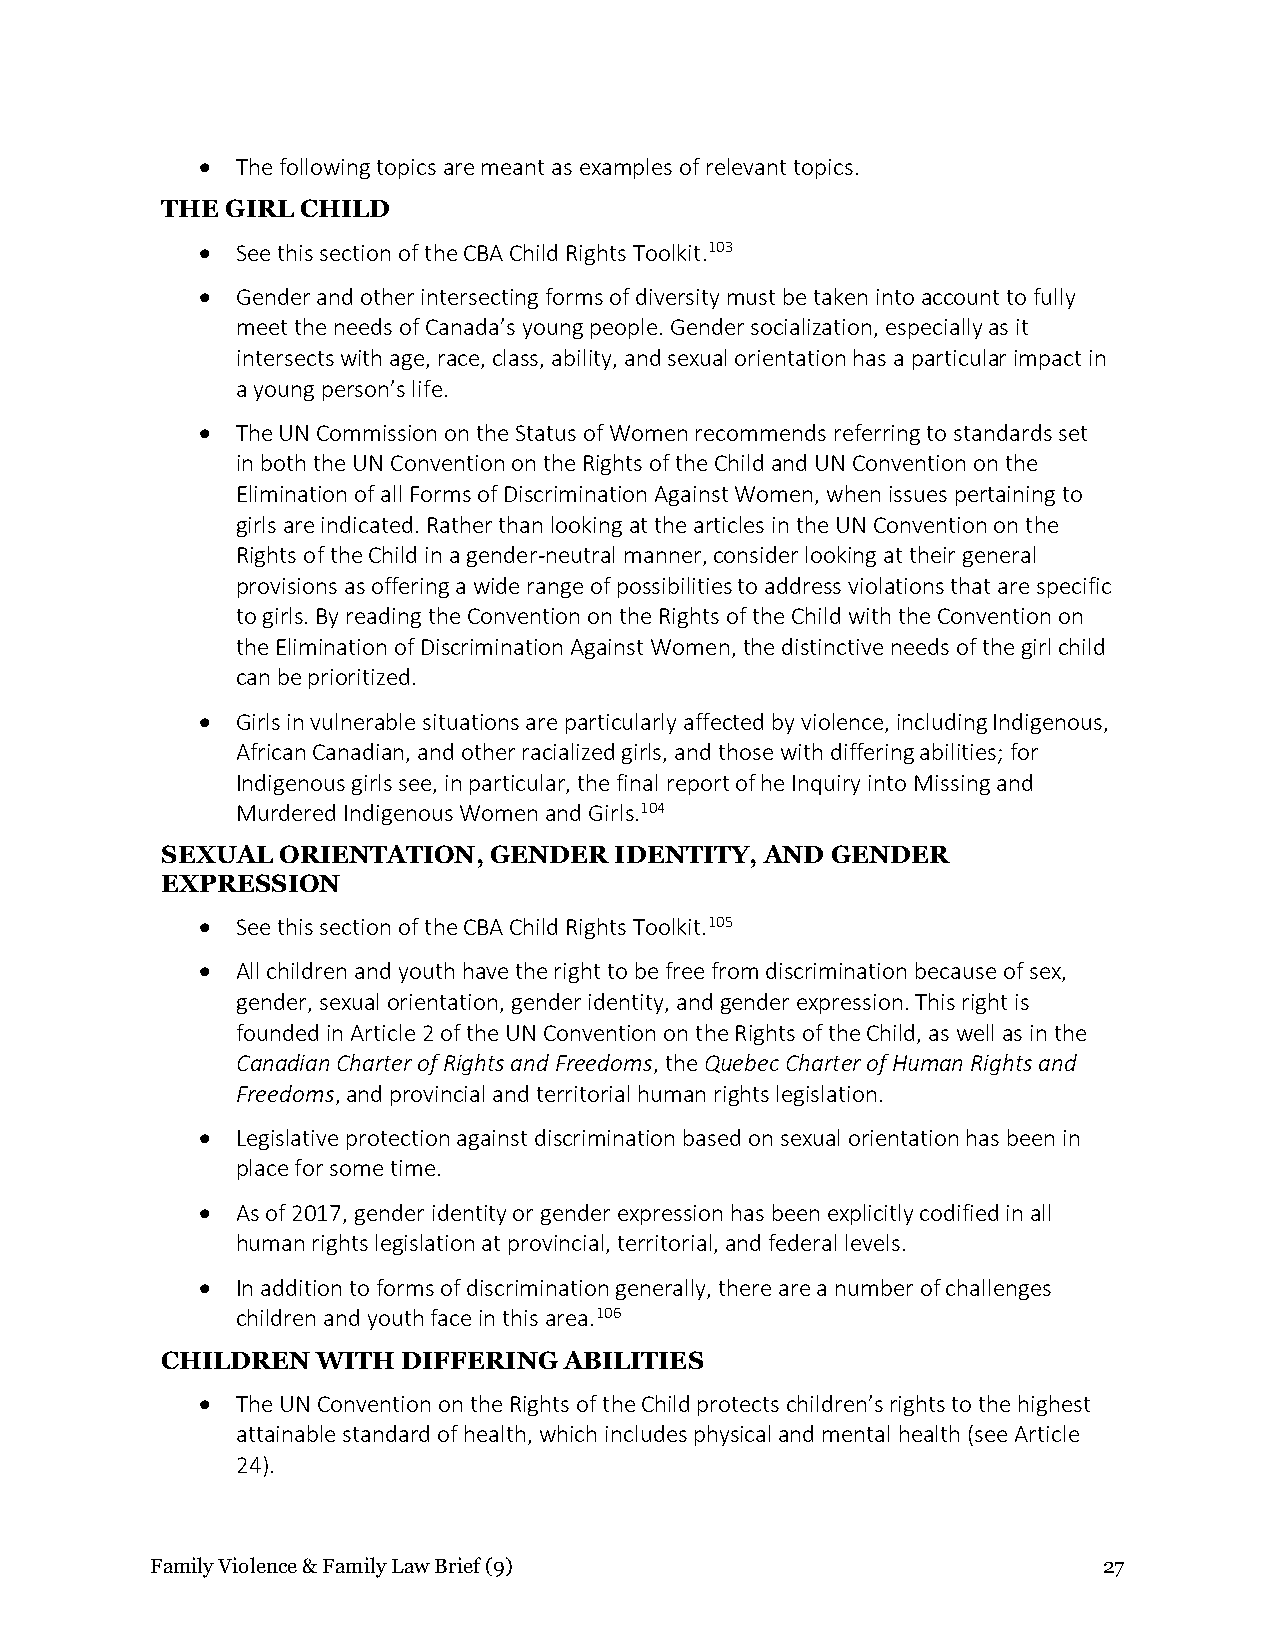
•  The following topics are meant as examples of relevant topics.
 THE GIRL CHILD
 •  See this section of the CBA Child Rights Toolkit.103
 •  Gender and other intersecting forms of diversity must be taken into account to fully
 meet the needs of Canada’s young people. Gender socialization, especially as it
 intersects with age, race, class, ability, and sexual orientation has a particular impact in
 a young person’s life.
 •  The UN Commission on the Status of Women recommends referring to standards set
 in both the UN Convention on the Rights of the Child and UN Convention on the
 Elimination of all Forms of Discrimination Against Women, when issues pertaining to
 girls are indicated. Rather than looking at the articles in the UN Convention on the
 Rights of the Child in a gender-neutral manner, consider looking at their general
 provisions as offering a wide range of possibilities to address violations that are specific
 to girls. By reading the Convention on the Rights of the Child with the Convention on
 the Elimination of Discrimination Against Women, the distinctive needs of the girl child
 can be prioritized.
 •  Girls in vulnerable situations are particularly affected by violence, including Indigenous,
 African Canadian, and other racialized girls, and those with differing abilities; for
 Indigenous girls see, in particular, the final report of he Inquiry into Missing and
 Murdered Indigenous Women and Girls.104
 SEXUAL ORIENTATION,  GENDER   IDENTITY, AND GENDER
 EXPRESSION
 •  See this section of the CBA Child Rights Toolkit.105
 •  All children and youth have the right to be free from discrimination because of sex,
 gender, sexual orientation, gender identity, and gender expression. This right is
 founded in Article 2 of the UN Convention on the Rights of the Child, as well as in the
 Canadian Charter of Rights and Freedoms, the Quebec Charter of Human Rights and
 Freedoms, and provincial and territorial human rights legislation.
 •  Legislative protection against discrimination based on sexual orientation has been in
 place for some time.
 •  As of 2017, gender identity or gender expression has been explicitly codified in all
 human rights legislation at provincial, territorial, and federal levels.
 •  In addition to forms of discrimination generally, there are a number of challenges
 children and youth face in this area.106
 CHILDREN  WITH  DIFFERING ABILITIES
 •  The UN Convention on the Rights of the Child protects children’s rights to the highest
 attainable standard of health, which includes physical and mental health (see Article
 24).
 Family Violence & Family Law Brief (9)                         27